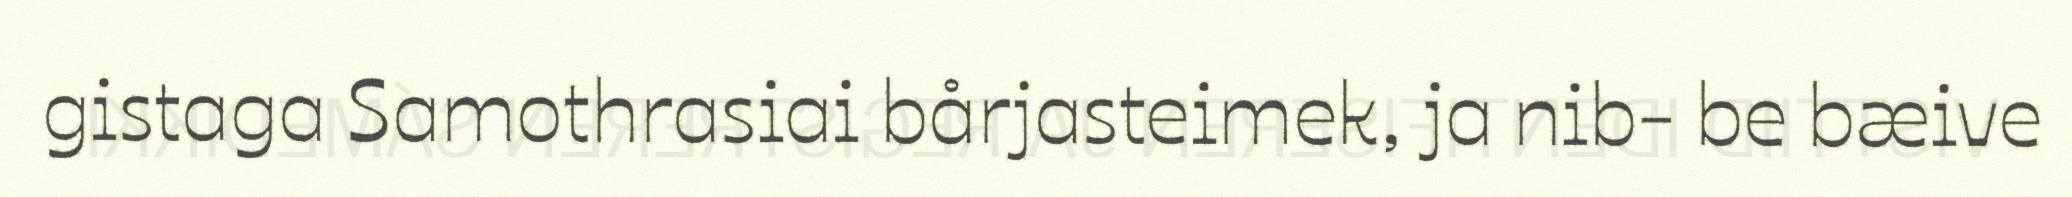
gistaga Samothrasiai bårjasteimek, ja nib- be bæive